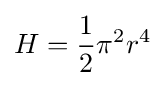
H={1 \over 2}\pi ^{2}r^{4}